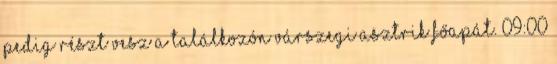
pedig részt vesz a találkozón Várszegi Asztrik főapát. 09:00